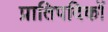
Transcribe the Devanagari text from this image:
प्रातिपदिकों